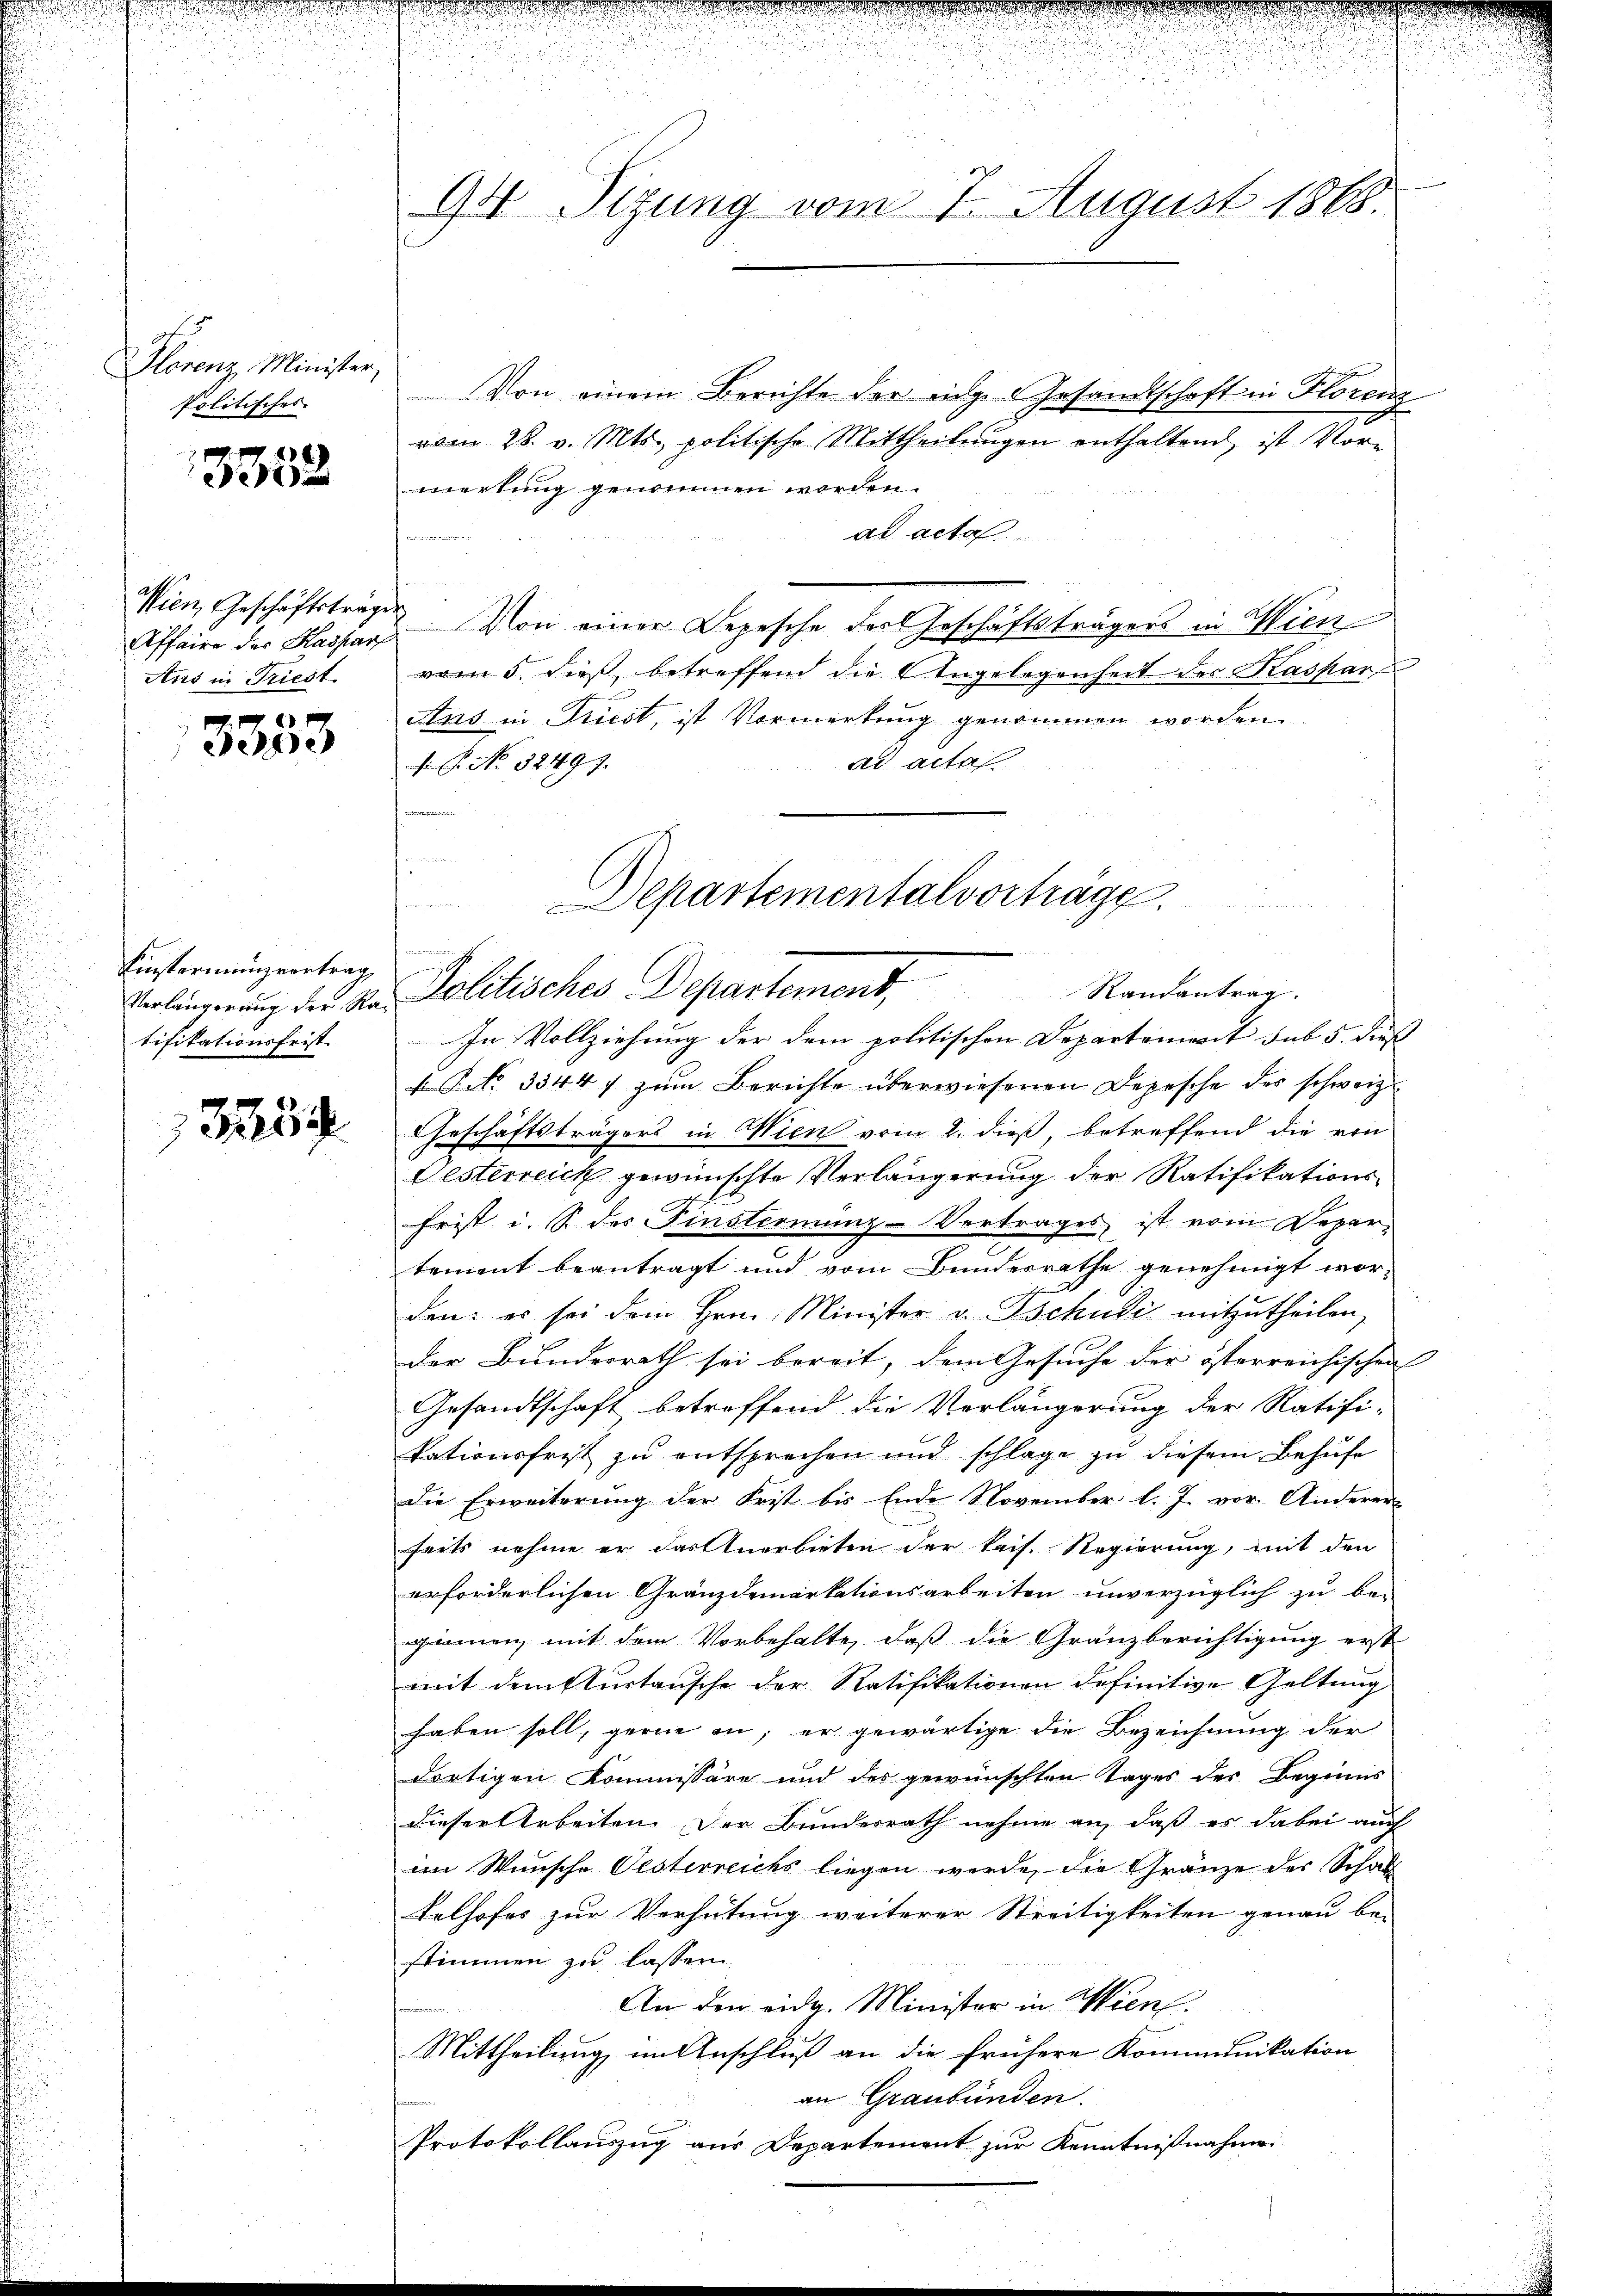
Florenz Minister,
Politisches

9. 89
dean

Affaire der Kaspar
Ans in Triest.

3353

Einstormung vortrag
tifikationsfrist

32559

Von einem Berichte der eige Gesandtschaft in Florenz
vom 28. v. Mts. politische Mittheilungen enthaltend, ist Vorwertung genommen worden.
ad acta
Wien, Geschäftsträgen. Von einer Depesche der Geschäftsträgers in Wien
vom 5. dieß, betreffend die Angelegenheit des Kaspar
Ans in Priest, ist Vormerkung genommen worden.
ad acta
 P. Nr. 52497.
F
n
In Vollziehung der dem politischen Departement sub 5. dieß
Fr. 3344 f zum Berichte überwiesenen Depesche der schweiz
Geschäftsträgers in Wien vom 2. dieß, betreffend die von
Gesterreich gewünschte Verlängerung der Ratifikations¬
Frist i. S. des Finsterming-Vertrages, ist vom Depar
tement beantragt und vom Bundesrathe genehmigt worden: es sei dem Hrn. Minister v. Tschudi mitzutheilen,
der Bundesrath sei bereit, dem Gesuche der österreichischen
Gesandtschaft betreffend die Verlängerung der Ratifi-
kationsfrist zu entsprechen und schlage zu diesem Behufe
Die Erweiterung der Frist bis Ende November l. J. vor. Anderer-
seits nehme er das Anerbieten der kais. Regierung, mit den
erforderlichen Gränzdemarkationsarbeiten unverzüglich zu be-
ginnen, mit dem Vorbehalte, daß die Gränzberichtigung erst
mit dem kurtansche der Ratifikationen definitive Geltung
haben soll, gerne an, er gewärtige die Bezeichnung der
dortigen Kommissäre und des gewünschten Tages des Beginns
dieser Arbeiten. Der Bunderrath nehme an, daß es dabei auch
im Wünsche Vesterreichs liegen werde, die Gränze der Schal
telhofes zur Verhütung weiterer Streitigkeiten genau be-
stimmen zu lassen.
An den eidg. Minister in Wien.
Mittheilung, im Anschluß an die frühere Kommunikation
an Graubünden.
Protokollauszug aus Departement zur Kenntnißnahme

u
94 Sizung vom 7. August 1868.

Departementalvorträge.
Verbinderung der die Politisches Departement, Randantrag.